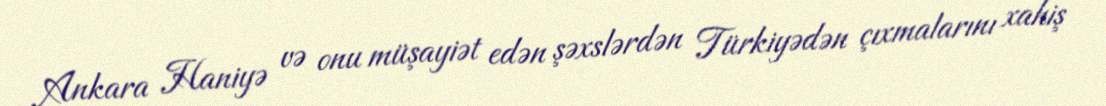
Ankara Haniyə və onu müşayiət edən şəxslərdən Türkiyədən çıxmalarını xahiş